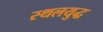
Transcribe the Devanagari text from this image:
स्थलयुद्ध